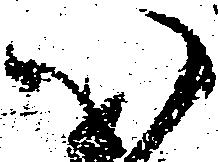
心